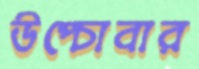
উপ্‌চোবার